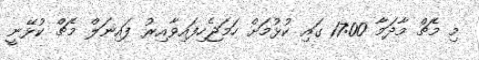
މި މެޗް މާދަމާ 17:00 ގައި ކުޅުމަށް ހަމަޖެހިފައިވާއިރު ފައިނަލް މެޗް ކުޅޭނީ